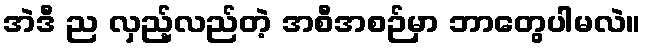
အဲဒီ ည လှည့်လည်တဲ့ အစီအစဉ်မှာ ဘာတွေပါမလဲ။